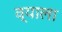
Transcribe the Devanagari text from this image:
व्याला